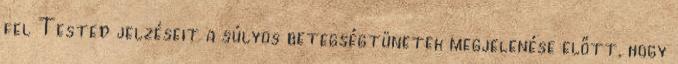
fel Tested jelzéseit a súlyos betegségtünetek megjelenése előtt, hogy